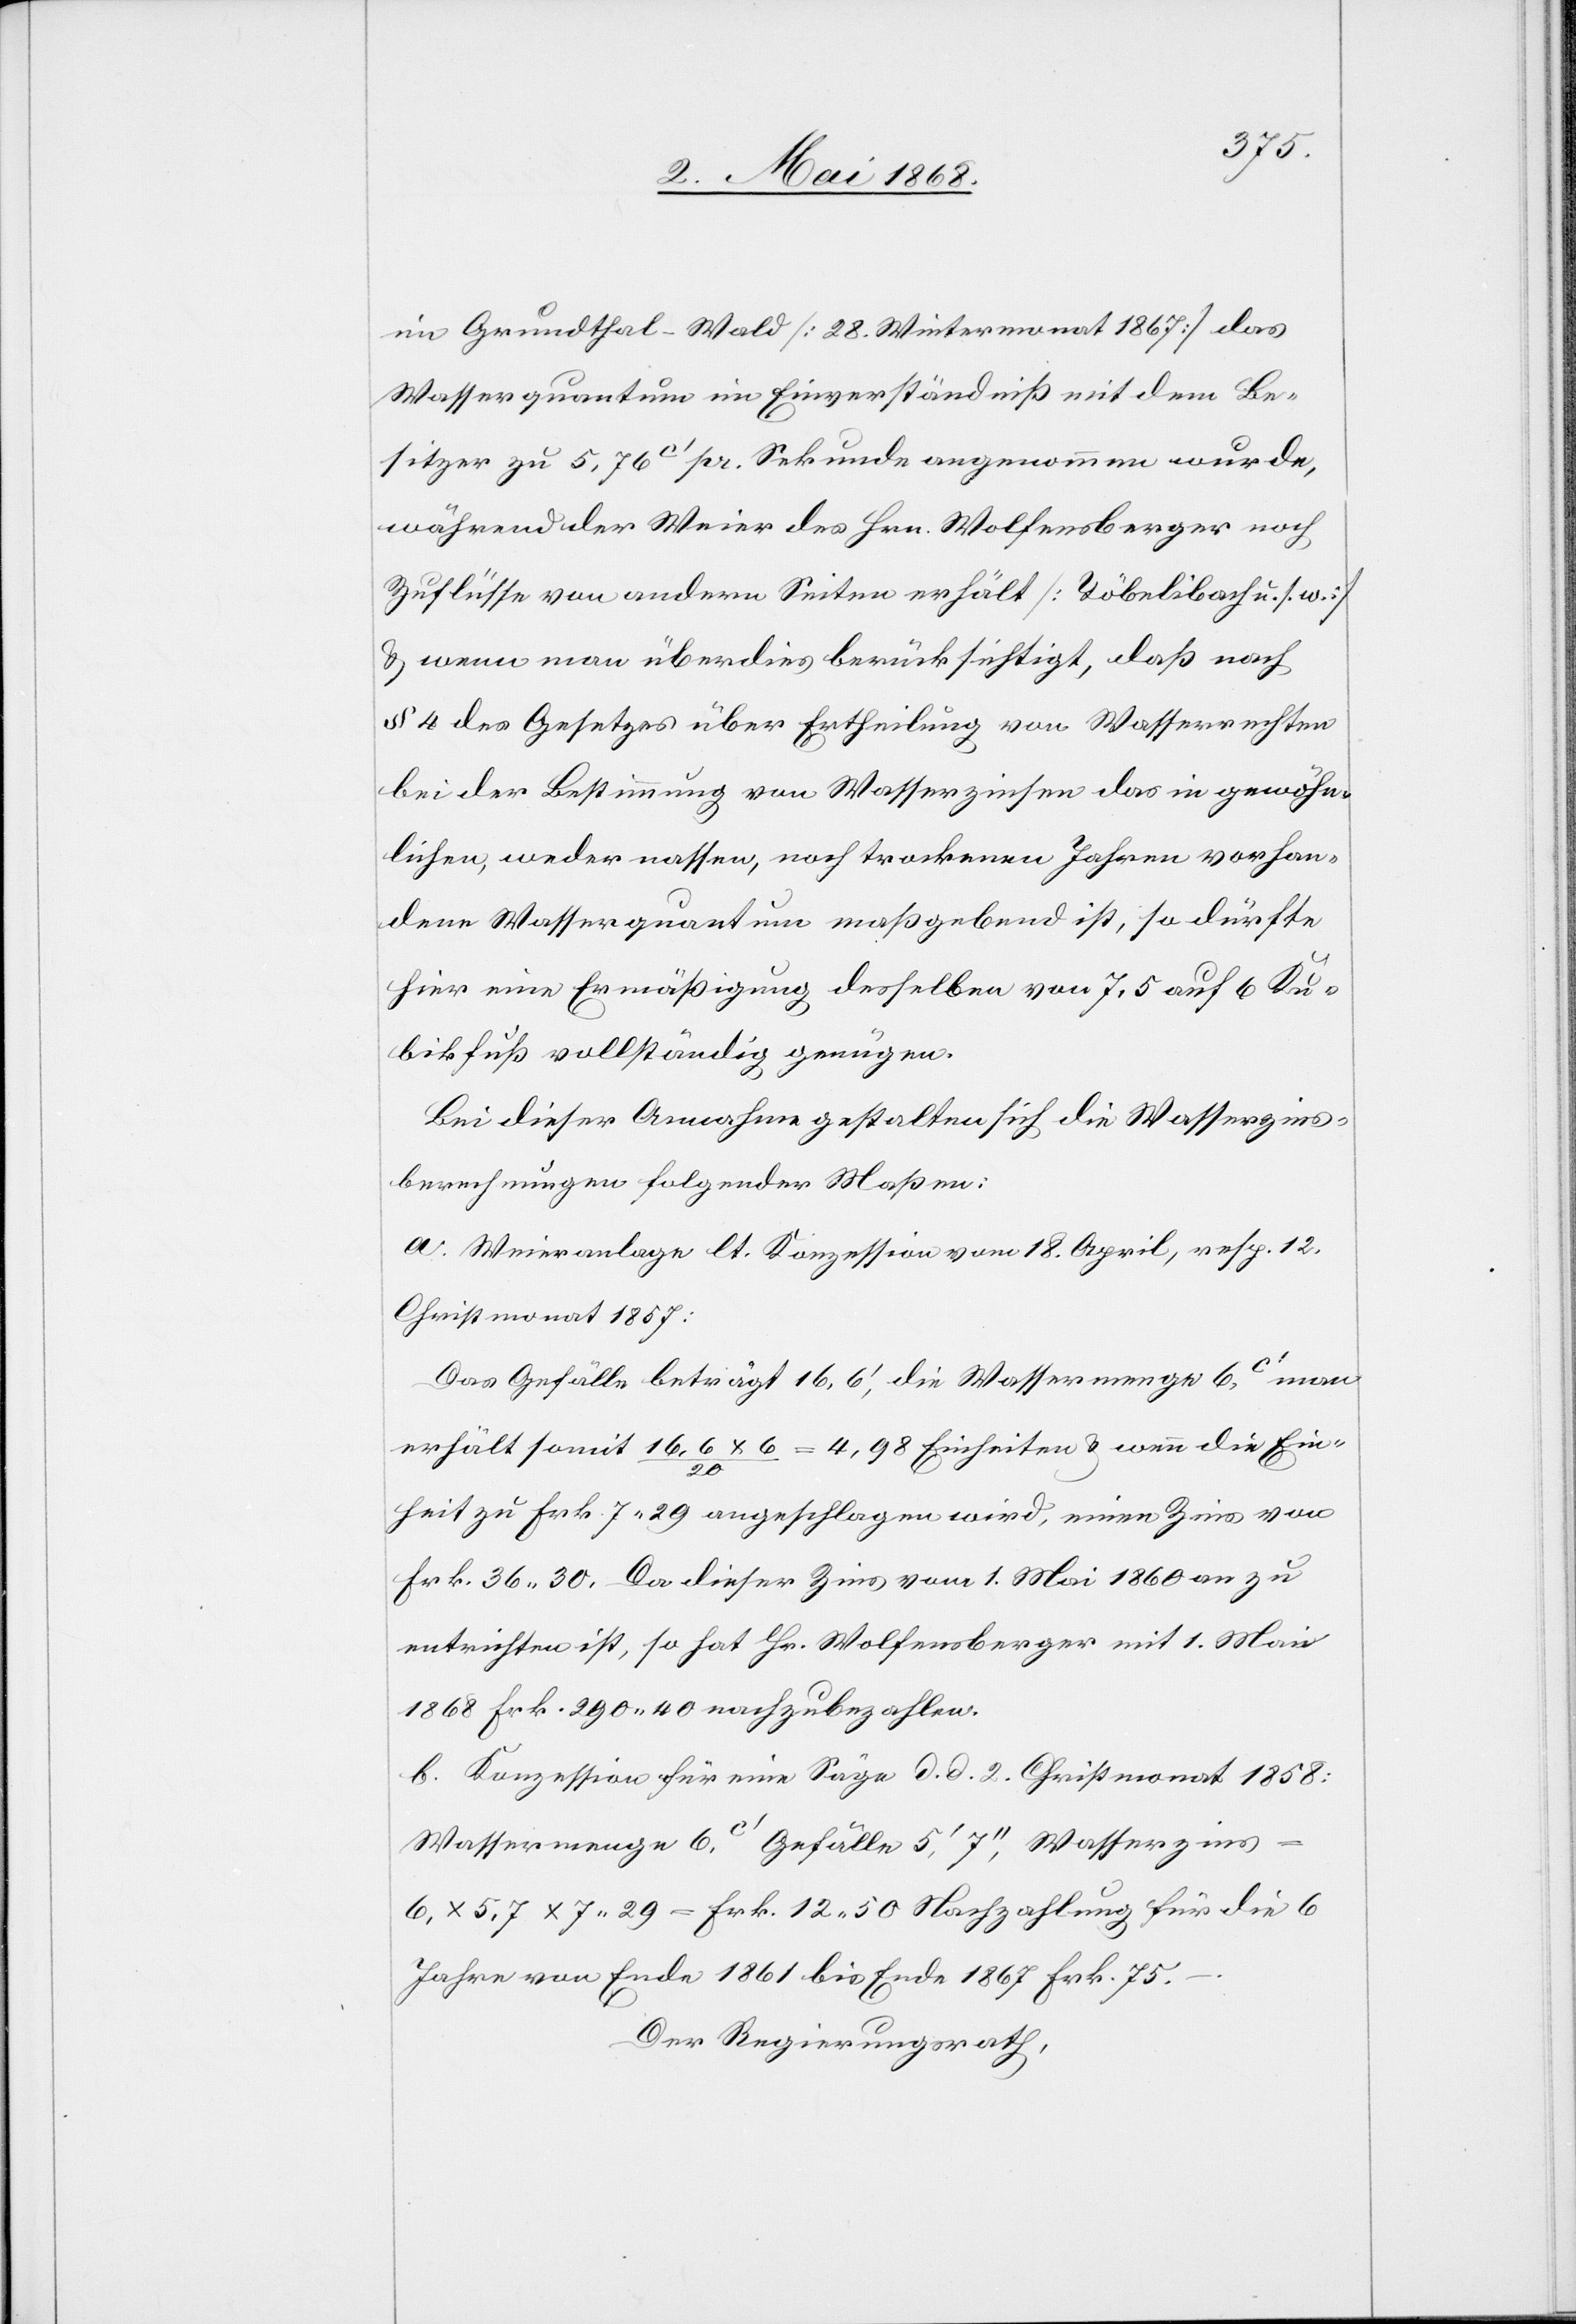
im Grundthal-Wald [28. Wintermonat 1867] das
Wasserquantum im Einverständniß mit dem Be¬
sitzer zu 5,76C‘ pr. Sekunde angenommen wurde,
während der Weier des Hrn. Wolfensberger noch
Zuflüsse von andern Seiten erhält [Töbelibach u. s. w.]
& wenn man überdies berücksichtigt, daß nach
§ 4 des Gesetzes über Ertheilung von Wasserrechten
bei der Bestimmung von Wasserzinsen das in gewöhn¬
lichen, weder nassen, noch trockenen Jahren vorhan¬
dene Wasserquantum maßgebend ist, so dürfte
hier eine Ermäßigung desselben von 7,5 auf 6 Ku¬
bikfuß vollständig genügen.
Bei dieser Annahme gestalten sich die Wasserzins¬
berechnungen folgender Maßen:
a. Weieranlage lt. Konzession vom 18. April, resp. 12.
Christmonat 1857:
Das Gefälle beträgt 16,6‘, die Wassermenge 6C‘ man
erhält somit 16,6 x 6 / 20 = 4,98 Einheiten & wenn die Ein¬
heit zu Frk. 7. 29 angeschlagen wird, einen Zins von
Frk. 36. 30. Da dieser Zins vom 1. Mai 1860 an zu
entrichten ist, so hat Hr. Wolfensberger mit 1. Mai
1868 Frk. 290. 40 nachzubezahlen.
b. Konzession für eine Säge d. d. 2. Christmonat 1858:
Wassermenge 6C‘ Gefälle 5‘, 7‘‘, Wasserzins
6 x 5,7 x 7. 29 = Frk. 12. 50 Nachzahlung für die 6
Jahre von Ende 1861 bis Ende 1867 Frk. 75.
–
Der Regierungsrath,